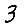
Digit: 3